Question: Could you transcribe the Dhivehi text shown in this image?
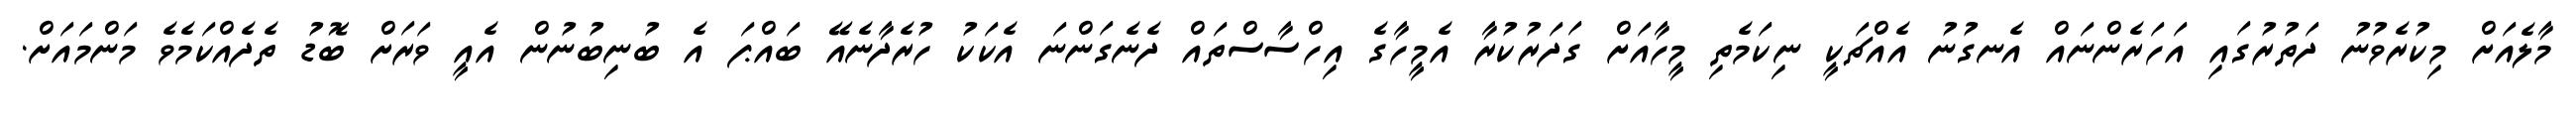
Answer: މާލެއަށް މިކުރެވުނު ދަތުރުގައި އަހަރެންނައް އެނގުނު އެއްޗަކީ ނިކަމެތި މީހާއަށް ގަދަރުކުރާ އެމީހާގެ އިހްސާސްތައް ދެނެގަންނަ އެކަކު ހުރެދާނެއޭ ބައްޕަ އެ ބުނިބުނުން އެއީ ވަރަށް ބޮޑު ތެދެއްކަމެވެ މަންމައަށް.